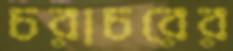
চরাচরের